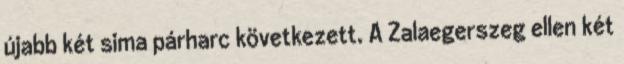
újabb két sima párharc következett. A Zalaegerszeg ellen két